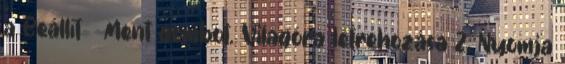
a Beállít → Ment gombot. Világóra létrehozása 2. Nyomja